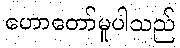
ဟောတော်မူပါသည်